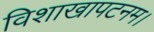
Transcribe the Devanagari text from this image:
विशाखापटनम।